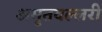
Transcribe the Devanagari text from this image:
अमृतवल्लरी